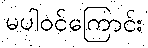
မပါဝင်ကြောင်း